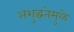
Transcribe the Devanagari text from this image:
अशुद्धतेमुळे